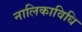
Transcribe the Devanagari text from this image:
नालिकाविधि